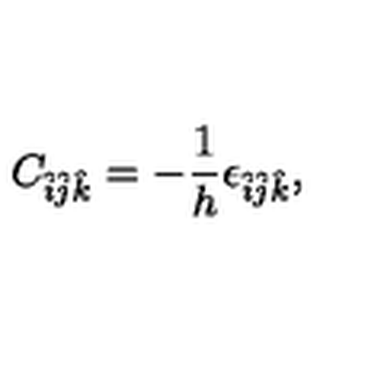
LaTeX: C _ { \hat { i } \hat { j } \hat { k } } = - \frac { 1 } { h } \epsilon _ { \hat { i } \hat { j } \hat { k } } ,